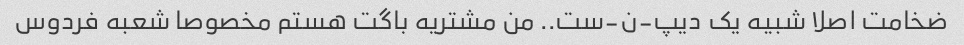
ضخامت اصلا شبیه یک دیپ-ن-ست.. من مشتریه باگت هستم مخصوصا شعبه فردوس